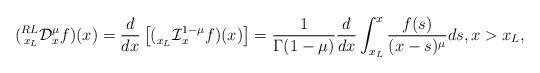
LaTeX: \begin{align*}(\prescript{RL}{x_L}{\mathcal{D}}_{x}^{\mu}f)(x)=\frac{d}{dx}\left[(\prescript{}{x_L}{\mathcal{I}}_{x}^{1-\mu}f)(x)\right]=\frac1{\Gamma(1-\mu)}\frac{d}{dx}\int_{x_L}^x\frac{f(s)}{(x-s)^{\mu}}ds,x>x_L,\end{align*}